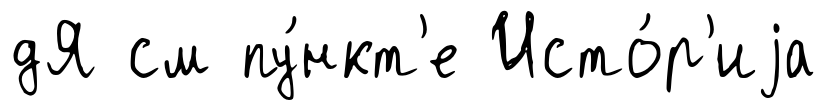
дЯ см пу́нкт'е Исто́р'иjа